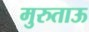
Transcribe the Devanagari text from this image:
मुरुताऊ